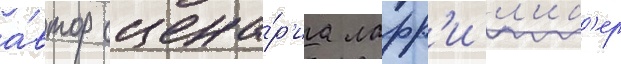
а́втор сцена́р'иа ларр'и л'иб'ер